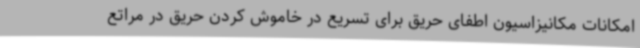
امکانات مکانیزاسیون اطفای حریق برای تسریع در خاموش کردن حریق در مراتع